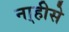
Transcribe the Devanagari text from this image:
ना्हीसे